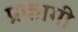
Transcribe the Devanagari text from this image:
प्रकामी